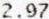
2.97